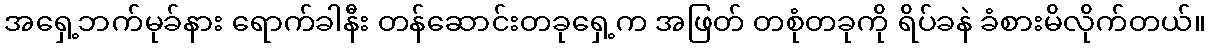
အရှေ့ဘက်မုခ်နား ရောက်ခါနီး တန်ဆောင်းတခုရှေ့က အဖြတ် တစုံတခုကို ရိပ်ခနဲ ခံစားမိလိုက်တယ်။